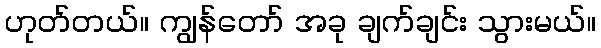
ဟုတ်တယ်။ ကျွန်တော် အခု ချက်ချင်း သွားမယ်။